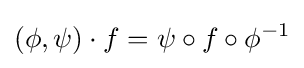
(\phi ,\psi )\cdot f=\psi \circ f\circ \phi ^{-1}